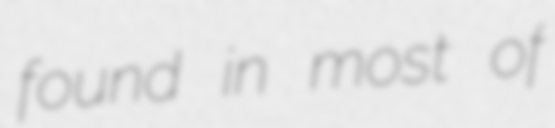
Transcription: found in most of